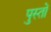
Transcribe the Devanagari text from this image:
पुस्तों